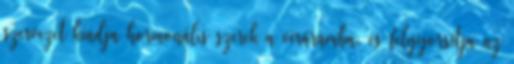
szervezet kiadja hormonális szerek a véráramba, és felgyorsítja az